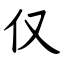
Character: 仅